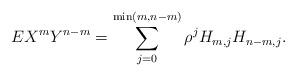
LaTeX: \begin{align*}EX^{m}Y^{n-m}=\sum_{j=0}^{\min (m,n-m)}\rho ^{j}H_{m,j}H_{n-m,j}.\end{align*}